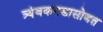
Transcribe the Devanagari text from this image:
त्र्यंबकगडासोबत